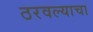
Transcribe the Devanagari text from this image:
ठरवल्याचा